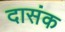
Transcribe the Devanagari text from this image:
दासंक